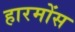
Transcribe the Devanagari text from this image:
हारमोंस